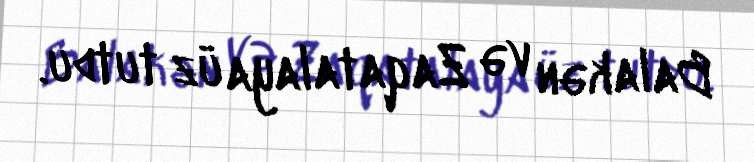
Balakən və Zaqatalaya üz tutdu.